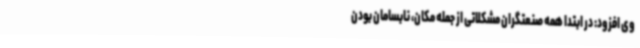
وی افزود: در ابتدا همه صنعتگران مشکلاتی از جمله مکان، نابسامان بودن